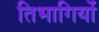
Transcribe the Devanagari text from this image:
तिभागियों